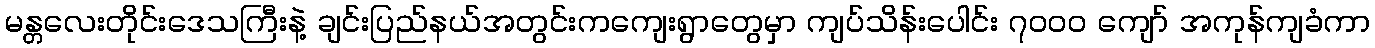
မန္တလေးတိုင်းဒေသကြီးနဲ့ ချင်းပြည်နယ်အတွင်းကကျေးရွာတွေမှာ ကျပ်သိန်းပေါင်း ၇၀၀၀ ကျော် အကုန်ကျခံကာ